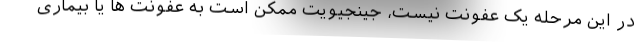
در این مرحله یک عفونت نیست، جینجیویت ممکن است به عفونت ها یا بیماری